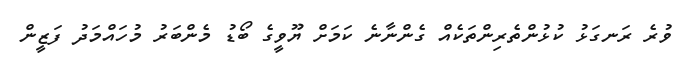
ވުރެ ރަނގަޅު ކުޅުންތެރިންތަކެއް ގެންނާނެ ކަމަށް ޔޫވީގެ ބޯޑު މެންބަރު މުހައްމަދު ފަޒީން